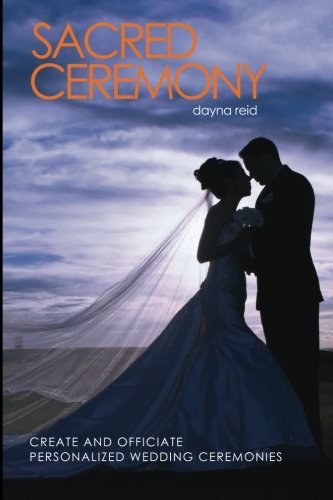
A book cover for Sacred Ceremony: Create and Officiate Personalized Wedding Ceremonies; Dayna Reid; Crafts, Hobbies & Home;